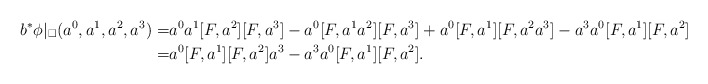
\begin{align*}b^{*} \phi |_{\square}(a^{0}, a^{1}, a^{2}, a^{3}) =& a^{0}a^{1}[F,a^{2}][F, a^{3}] - a^{0}[F,a^{1}a^{2}][F,a^{3}] + a^{0}[F,a^{1}][F,a^{2}a^{3}] - a^{3}a^{0}[F,a^{1}][F,a^{2}] \\ =& a^{0}[F,a^{1}][F,a^{2}]a^{3} - a^{3}a^{0}[F,a^{1}][F,a^{2}].\end{align*}